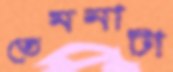
তেমনাটা